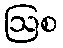
ဩစ